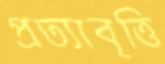
প্রত্যাবৃত্তি